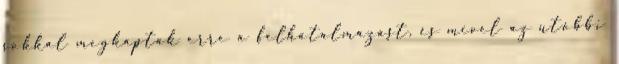
sokkal megkapták erre a felhatalmazást, és mivel az utóbbi